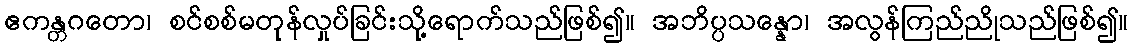
ဧကန္တဂတော၊ စင်စစ်မတုန်လှုပ်ခြင်းသို့ရောက်သည်ဖြစ်၍။ အဘိပ္ပသန္နော၊ အလွန်ကြည်ညိုသည်ဖြစ်၍။